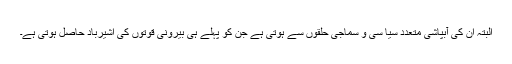
البتہ ان کی آبپاشی متعدد سیا سی و سماجی حلقوں سے ہوتی ہے جن کو پہلے ہی بیرونی قوتوں کی اشیرباد حاصل ہوتی ہے۔